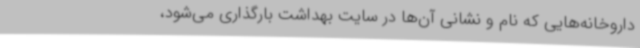
داروخانه‌هایی که نام و نشانی آن‌ها در سایت بهداشت بارگذاری می‌شود،